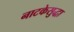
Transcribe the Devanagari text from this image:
नाटकेसुद्धा